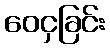
ဝေငှခြင်း